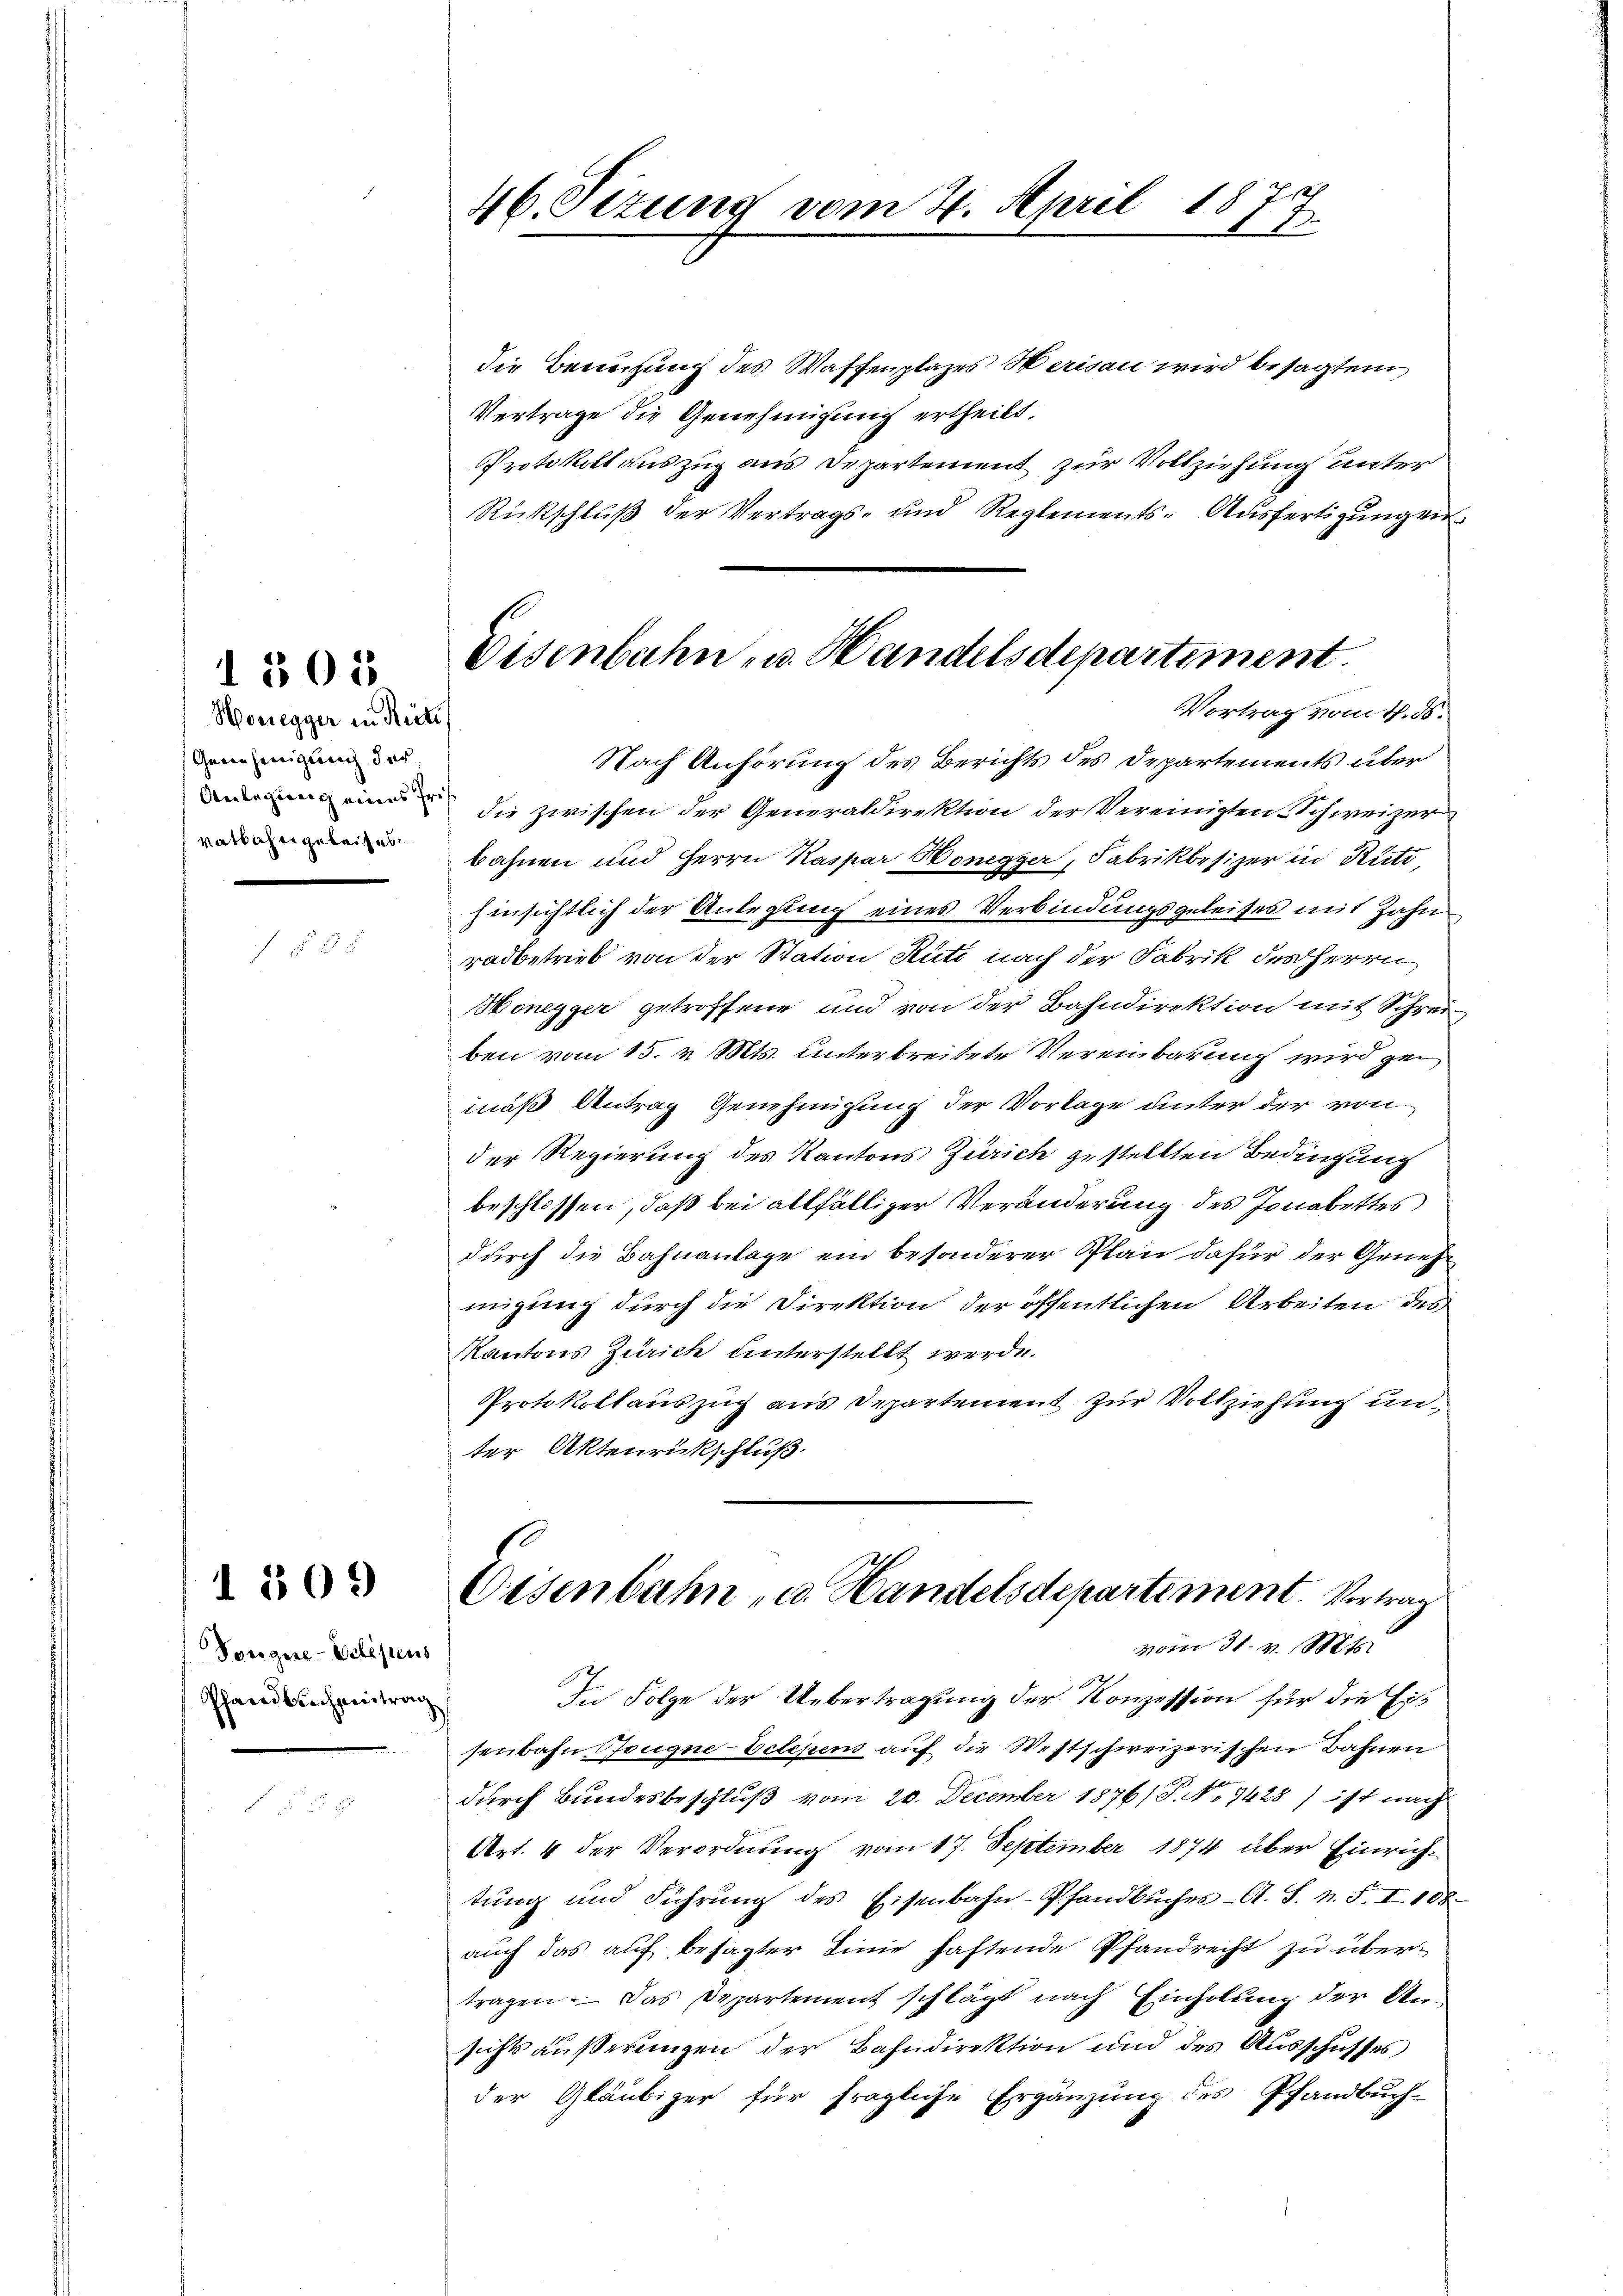
Honegger in Reite
Genehmigung der

1505

Dougere-Vetipens
Pfandbichzentrag

46. Sizung vom 4. April 18
I.

die Bewegung des Waffenplazes Herisau wird besagten
Vertrage die Genehmigung ertheilt.
Protokoll auszug aus Departement zur Vollziehung unter
Rückschluß der Vertrags- und Reglements- Ausfertigungen
Nach Anhörung des Berichts des Departements über
 in die zwischen der Generaldirektion der Vereinigten Schweizer
bahnen und Herrn Kaspar Honegger, Fabrikbesizer in Rüti,
hinsichtlich der Anlegung eines Verbindungsgeleises mit Zahn
c
radbetrieb von der Station Rüti nach der Fabrik des Herrn
Monegger getroffene und von der Bahndirektion mit Schreiben vom 15. v. Mts. unterbreitete Vereinbarung wird gemäß Antrag Genehmigung der Vorlage unter der von
der Regierung des Kantons Zürich gestellten Bedingung
beschlossen, daß bei allfälliger Veränderung des Jonabettes
durch die Bahnanlage ein besonderer Plan dafür der Genehmigung durch die Direktion der öffentlichen Arbeiten des
Kantons Zürich unterstellt werde.
Protokollauszug aus Departement zur Vollziehung unter Aktenrückschluß.
 Eisenbahn u. Handelsdepartement. Vertrag
vom 31. v. Mts.
In Folge der Uebertragung der Konzession für die Eis
senbahn Bougne-Belegens auf die Westschweizerischen Bahnen
durch Bundesbeschluß vom 20. December 1876/ P. Nr. 7428) ist nach
e
Art. 4 der Verordnung vom 17. September 1874 über Einrichtŭng und Führŭng des Eisenbahn-Pfandbuches A. S. n. F. I. 108.
auch das auf besagter Linie haftende Pfandrecht zu übertragen. — Das Departement schlägt nach Einholung der An-
sichts äußerungen der Bahndirektion und des Ausschusses
der Gläubiger für fragliche Ergänzung des Pfandbuch-

Eisenbahn- u. Handelsdepartiment.
Vortrag vom 4. ds.